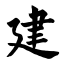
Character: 建